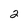
Character: 2